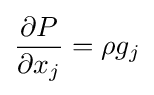
{\partial P \over \partial x_{j}}=\rho g_{j}